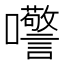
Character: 𫬺